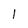
Character: 1